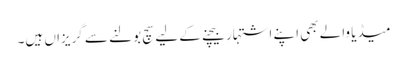
میڈیا والے بھی اپنے اشتہار بیچنے کے لیے سچ بولنے سے گریزاں ہیں۔